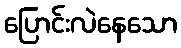
ပြောင်းလဲနေသော